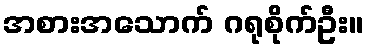
အစားအသောက် ဂရုစိုက်ဦး။